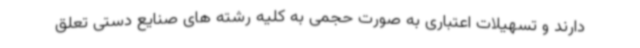
دارند و تسهیلات اعتباری به صورت حجمی به کلیه رشته های صنایع دستی تعلق